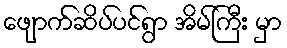
ဖျောက်ဆိပ်ပင်ရွာ အိမ်ကြီး မှာ